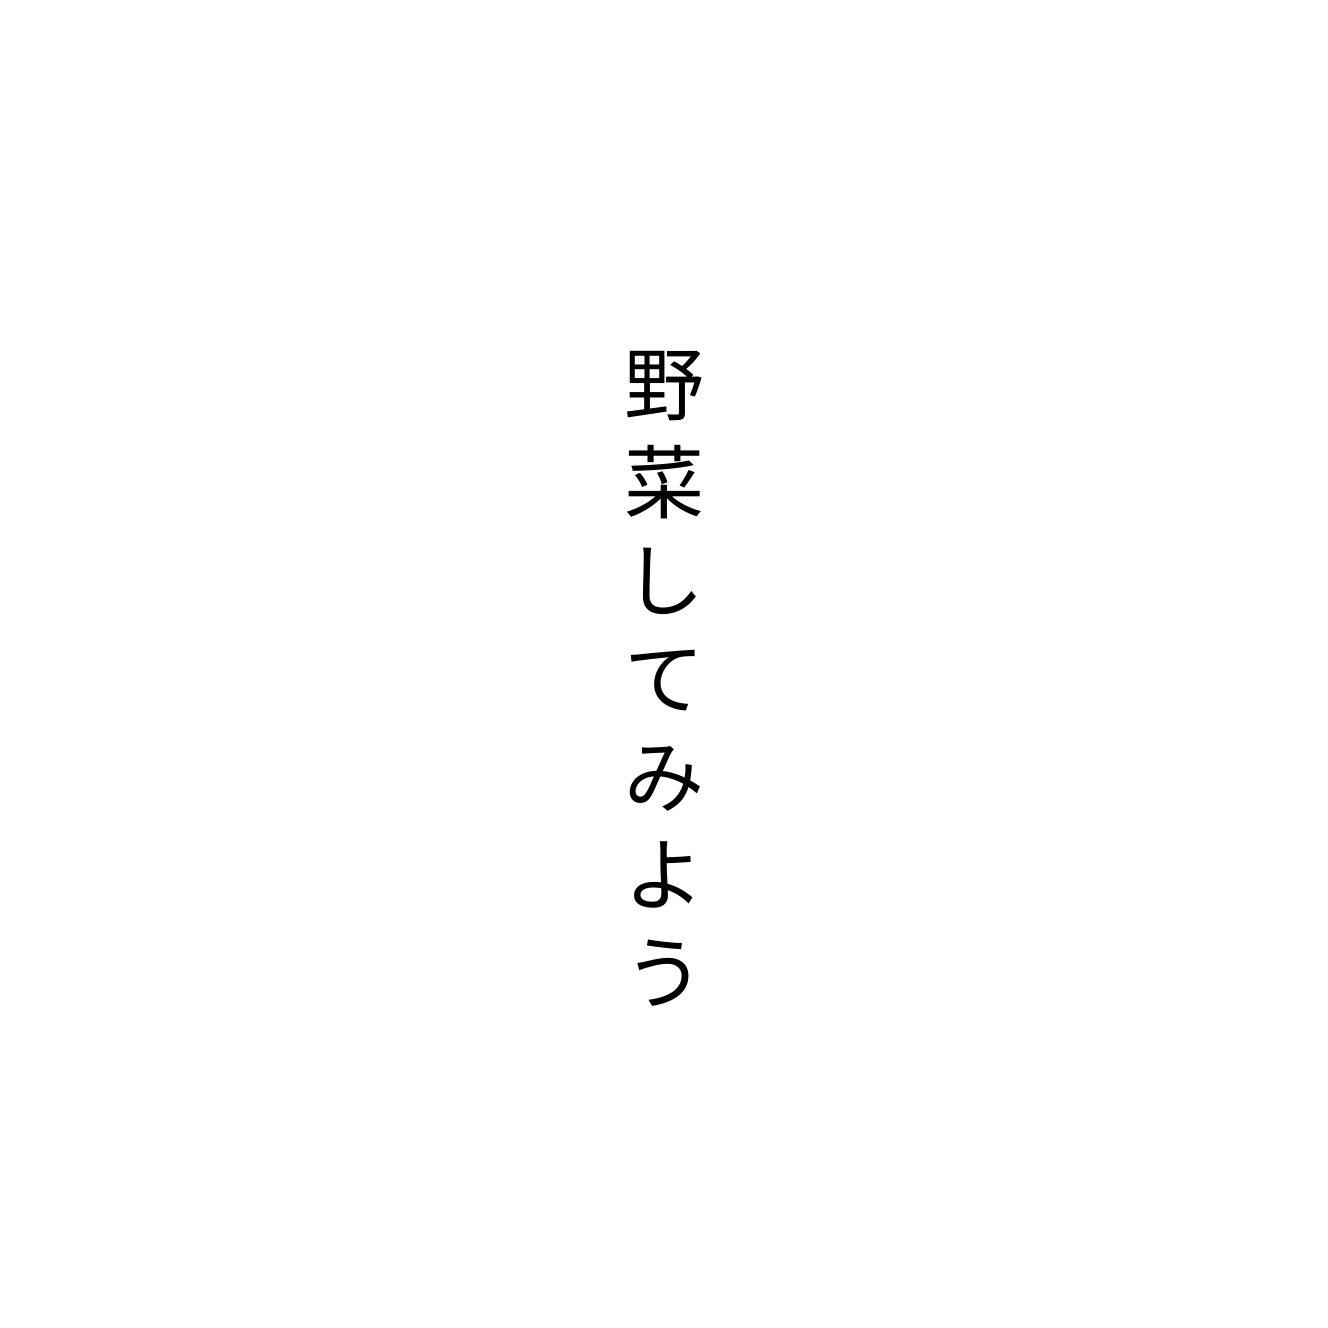
野菜してみよう